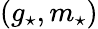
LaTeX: (g_{\star},m_{\star})